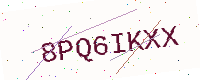
Text: 8PQ6IKXX